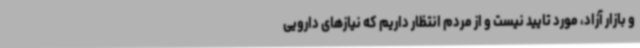
و بازار آزاد، مورد تایید نیست و از مردم انتظار داریم که نیازهای دارویی